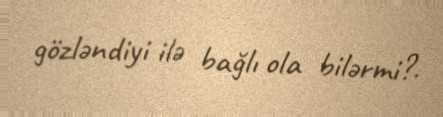
gözləndiyi ilə bağlı ola bilərmi?.